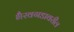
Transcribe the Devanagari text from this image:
भैरवगडावरील